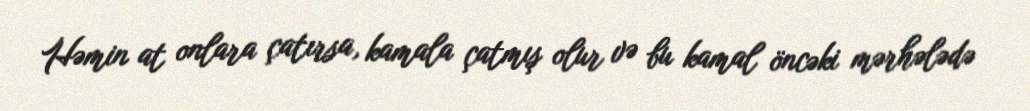
Həmin at onlara çatırsa, kamala çatmış olur və bu kamal öncəki mərhələdə